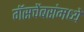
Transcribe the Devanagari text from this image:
गॅसचेंबरांमध्ये